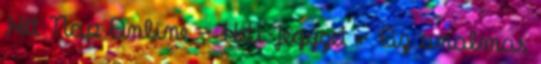
Hét Nap Online - Heti Jegyzet - Az unalmas